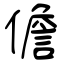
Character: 儋